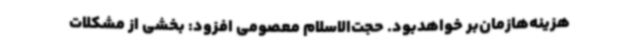
هزینه‌هازمان‌بر خواهدبود. حجت‌الاسلام معصومی افزود: بخشی از مشکلات